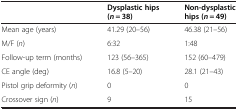
<table><thead><tr><td><b> </b></td><td><b>Dysplastic hips (<i>n</i> = 38)</b></td><td><b>Non-dysplastic hips (<i>n</i> = 49)</b></td></tr></thead><tbody><tr><td>Mean age (years)</td><td>41.29 (20–56)</td><td>46.38 (21–56)</td></tr><tr><td>M/F (<i>n</i>)</td><td>6:32</td><td>1:48</td></tr><tr><td>Follow-up term (months)</td><td>123 (56–365)</td><td>152 (60–479)</td></tr><tr><td>CE angle (deg)</td><td>16.8 (5–20)</td><td>28.1 (21–43)</td></tr><tr><td>Pistol grip deformity (<i>n</i>)</td><td>0</td><td>0</td></tr><tr><td>Crossover sign (<i>n</i>)</td><td>9</td><td>15</td></tr></tbody></table>